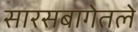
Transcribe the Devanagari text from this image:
सारसबागेतले